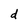
Character: d